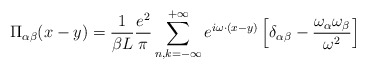
\begin{align*}\Pi_{\alpha\beta} (x-y)=\frac{1}{\beta L}\frac{e^2}{\pi}\sum_{n,k=-\infty}^{+\infty} e^{i\omega\cdot (x-y)}\left[\delta_{\alpha\beta}-\frac{\omega_\alpha \omega_\beta}{\omega^2}\right]\end{align*}